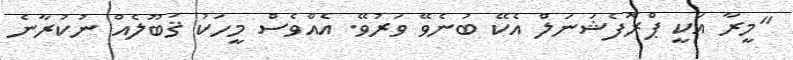
"މީރާ އަކީ ޕްރޮފެޝަނަލް އެކޭ ބުނެވޭ ވަރުވޭ. އެއްވެސް މީހަކު ޤަބޫލެއް ނުކުރާނެ